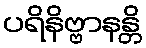
ပရိနိဗ္ဗာနန္တိ